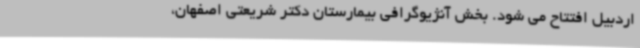
اردبیل افتتاح می شود. بخش آنژیوگرافی بیمارستان دکتر شریعتی اصفهان،